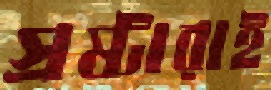
স্রষ্টারাই